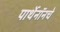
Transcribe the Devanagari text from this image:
पार्थेनॉनचे